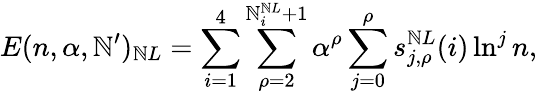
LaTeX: E(n,\alpha,\mathbb{N}^{\prime})_{\mathbb{N}L}=\sum_{i=1}^{4}\sum_{\rho=2}^{\mathbb{N}_{i}^{\mathbb{N}L}+1}\alpha^{\rho}\sum_{j=0}^{\rho}s_{j,\rho}^{\mathbb{N}L}(i)\ln^{j}n,